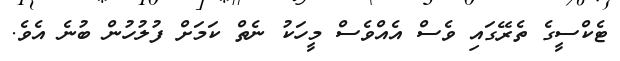
ޓެކްސީގެ ތެރޭގައި ވެސް އެއްވެސް މީހަކު ނެތް ކަމަށް ފުލުހުން ބުނެ އެވެ.